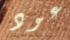
عود